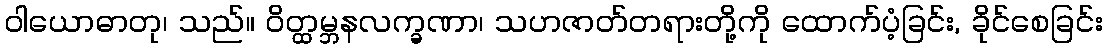
ဝါယောဓာတု၊ သည်။ ဝိတ္ထမ္ဘနလက္ခဏာ၊ သဟဇာတ်တရားတို့ကို ထောက်ပံ့ခြင်း, ခိုင်စေခြင်း